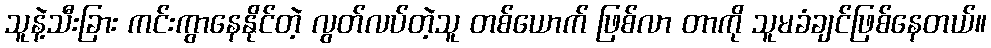
သူနဲ့သီးခြား ကင်းကွာနေနိုင်တဲ့ လွတ်လပ်တဲ့သူ တစ်ယောက် ဖြစ်လာ တာကို သူမခံချင်ဖြစ်နေတယ်။